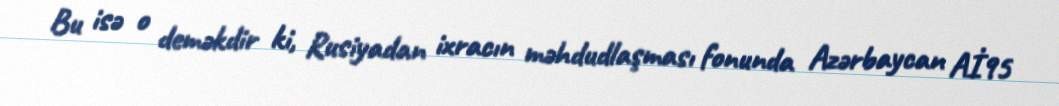
Bu isə o deməkdir ki, Rusiyadan ixracın məhdudlaşması fonunda Azərbaycan Aİ95